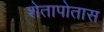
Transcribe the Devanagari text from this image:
शेतापोतास